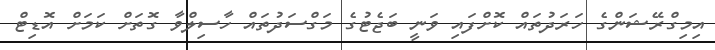
އިމިގްރޭޝަންގެ ހަރަދުތައް ކޮށްފައި ވަނީ ބަޖެޓުގެ މަގްސަދުތައް ހާސިލްވާ ގޮތަށް ކަމަށް އޮޑިޓް